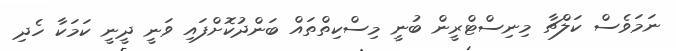
ނަމަވެސް ކަލްޗާ މިނިސްޓްރީން ބުނީ މިސްކިތްތައް ބަންދުކޮށްފައި ވަނީ ދީނީ ކަމަކާ ހެދި